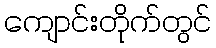
ကျောင်းတိုက်တွင်